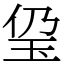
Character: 㺱